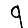
Digit: 9